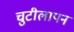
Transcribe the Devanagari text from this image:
चुटीलापन